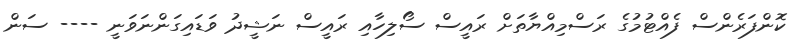
ކޮންފަރެންސް ފެއްޓުމުގެ ރަސްމިއްޔާތަށް ރައީސް ސޯލިހާއި ރައީސް ނަޝީދު ވަޑައިގަންނަވަނީ ---- ސަން